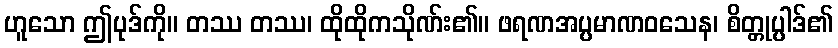
ဟူသော ဤပုဒ်ကို။ တဿ တဿ၊ ထိုထိုကသိုဏ်း၏။ ဖရဏအပ္ပမာဏဝသေန၊ စိတ္တုပ္ပါဒ်၏